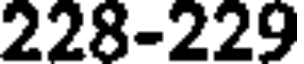
228-229